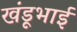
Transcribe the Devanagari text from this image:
खंडूभाई